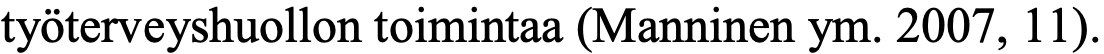
työterveyshuollon toimintaa (Manninen ym. 2007, 11).